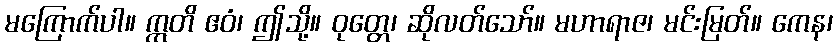
မကြောက်ပါ။ ဣတိ ဧဝံ၊ ဤသို့။ ဝုတ္တေ၊ ဆိုလတ်သော်။ မဟာရာဇ၊ မင်းမြတ်။ ကေန၊